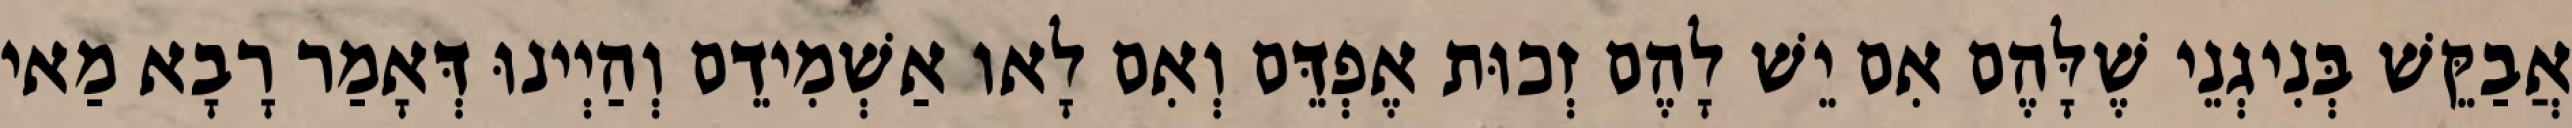
אֲבַקֵּשׁ בְּנִיגְנֵי שֶׁלָּהֶם אִם יֵשׁ לָהֶם זְכוּת אֶפְדֵּם וְאִם לָאו אַשְׁמִידֵם וְהַיְינוּ דְּאָמַר רָבָא מַאי